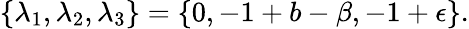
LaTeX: \{ \lambda_{1},\lambda_{2},\lambda_{3}\} =\{ 0,-1+b-\beta,-1+\epsilon\} .